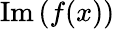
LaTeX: \operatorname{Im}{(f(x))}